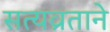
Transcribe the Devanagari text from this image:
सत्यव्रताने